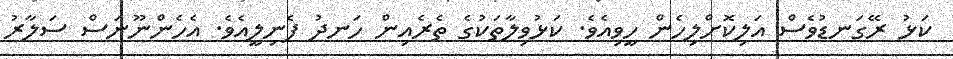
ކަޅު ރޭގަނޑުވެސް އަލިކޮށްލިހެން ހީވިއެވެ. ކަޅުވިލާތަކުގެ ތެރެއިން ހަނދު ފެނިލީއެވެ. އެހެންނޫނަސް ސަލާރު